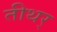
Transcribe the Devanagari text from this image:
तीथर्